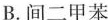
B.间二甲苯